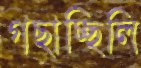
গছাচ্ছিলি